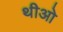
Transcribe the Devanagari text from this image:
थीओ